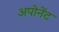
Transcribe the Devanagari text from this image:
अपोनेंट